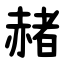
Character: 赭